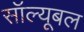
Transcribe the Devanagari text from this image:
सॉल्यूबल